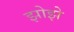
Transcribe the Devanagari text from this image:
झोझे